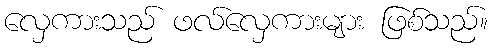
လှေကားသည် ဖလ်လှေကားများ ဖြစ်သည်။